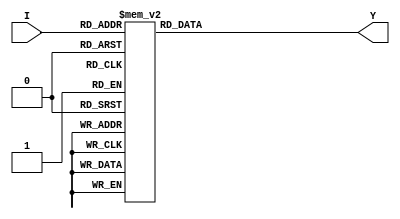
`timescale 1ns / 1ps
//////////////////////////////////////////////////////////////////////////////////
// Company: 
// Engineer: 
// 
// Design Name: 
// Module Name:    klingon_behavioral 
// Project Name: 
// Target Devices: 
// Tool versions: 
// Description: 
//
// Dependencies: 
//
// Revision: 
// Revision 0.01 - File Created
// Additional Comments: 
//
//////////////////////////////////////////////////////////////////////////////////
module klingon_behavioral(
    input [3:0] I,
    output [6:0] Y
    );
	
	 reg[6:0] out;
	 assign Y = out;

	always@(I)
		begin
			case(I)
				4'b0000 : out=7'b1111110;
				4'b0001 : out=7'b1000000;
				4'b0010 : out=7'b1000001;
				4'b0011 : out=7'b1001001;
				4'b0100 : out=7'b0100011;
				4'b0101 : out=7'b0011101;
				4'b0110 : out=7'b0100101;
				4'b0111 : out=7'b0010011;
				4'b1000 : out=7'b0110110;
				4'b1001 : out=7'b0110111;
				default: out=7'b0000000;
				
				
				
			endcase
		end

endmodule